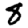
Digit: 8